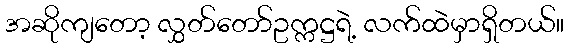
အဆိုကျတော့ လွှတ်တော်ဥက္ကဋ္ဌရဲ့ လက်ထဲမှာရှိတယ်။